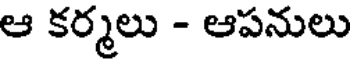
ఆ కర్మలు - ఆపనులు